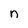
Character: n